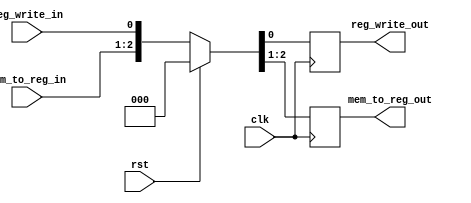
`timescale 1ns/1ns
module MEM_WB_CTRL(clk,rst,mem_to_reg_in,reg_write_in,mem_to_reg_out,reg_write_out);
    input clk, rst,reg_write_in;
    input [1:0] mem_to_reg_in;
     output reg reg_write_out;
    output reg [1:0] mem_to_reg_out;
    always @(posedge clk) begin
        if (rst)
            {mem_to_reg_out, reg_write_out} <= {2'b00, 1'b0};
        else
            {mem_to_reg_out, reg_write_out} <= {mem_to_reg_in, reg_write_in};
    end
endmodule